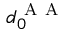
d _ { 0 } ^ { \mathrm { ~ A ~ A ~ } }